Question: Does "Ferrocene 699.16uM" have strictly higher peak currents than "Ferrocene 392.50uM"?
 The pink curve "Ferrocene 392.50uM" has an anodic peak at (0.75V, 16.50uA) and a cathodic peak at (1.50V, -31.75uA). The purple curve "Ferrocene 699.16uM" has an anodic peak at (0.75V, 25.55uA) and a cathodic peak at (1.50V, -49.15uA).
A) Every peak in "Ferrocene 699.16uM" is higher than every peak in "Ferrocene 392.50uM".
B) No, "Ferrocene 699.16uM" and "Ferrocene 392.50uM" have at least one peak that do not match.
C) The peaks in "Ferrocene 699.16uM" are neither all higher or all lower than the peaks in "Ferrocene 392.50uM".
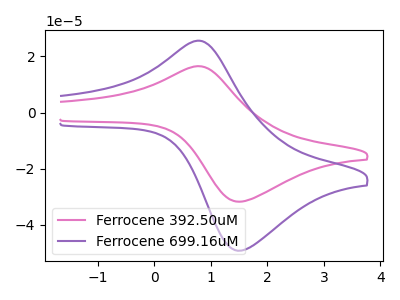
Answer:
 <answer>A) Every peak in "Ferrocene 699.16uM" is higher than every peak in "Ferrocene 392.50uM".</answer>
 <eval>A</eval>